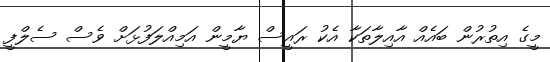
މީގެ އިތުރުން ބައެއް އާއިލާތަކާ އެކު ރައީސް ޔާމީން އަމިއްލަފުޅަށް ވެސް ސެލްފީ